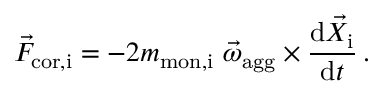
\vec { F } _ { \mathrm { c o r , i } } = - 2 m _ { \mathrm { m o n , i } } \ \vec { \omega } _ { \mathrm { a g g } } \times \frac { \mathrm { d } \vec { X } _ { \mathrm { i } } } { \mathrm { d } t } \, .